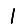
Digit: 1